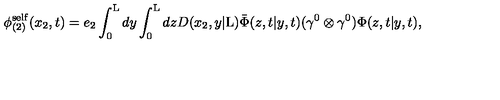
{ \phi } _ { ( 2 ) } ^ { \mathrm { s e l f } } ( x _ { 2 } , t ) = e _ { 2 } \int _ { 0 } ^ { \mathrm { L } } d y \int _ { 0 } ^ { \mathrm { L } } d z D ( x _ { 2 } , y | \mathrm { L } ) \bar { \Phi } ( z , t | y , t ) ( { \gamma } ^ { 0 } \otimes { \gamma } ^ { 0 } ) { \Phi } ( z , t | y , t ) ,